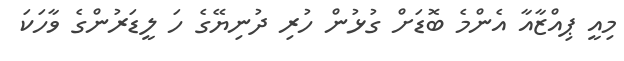
މިއީ ޕިއްޒާއާ އެންމެ ބޮޑަށް ގުޅުން ހުރި ދުނިޔޭގެ ހަ ލީޑަރުންގެ ވާހަކަ